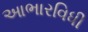
આભારવિધી